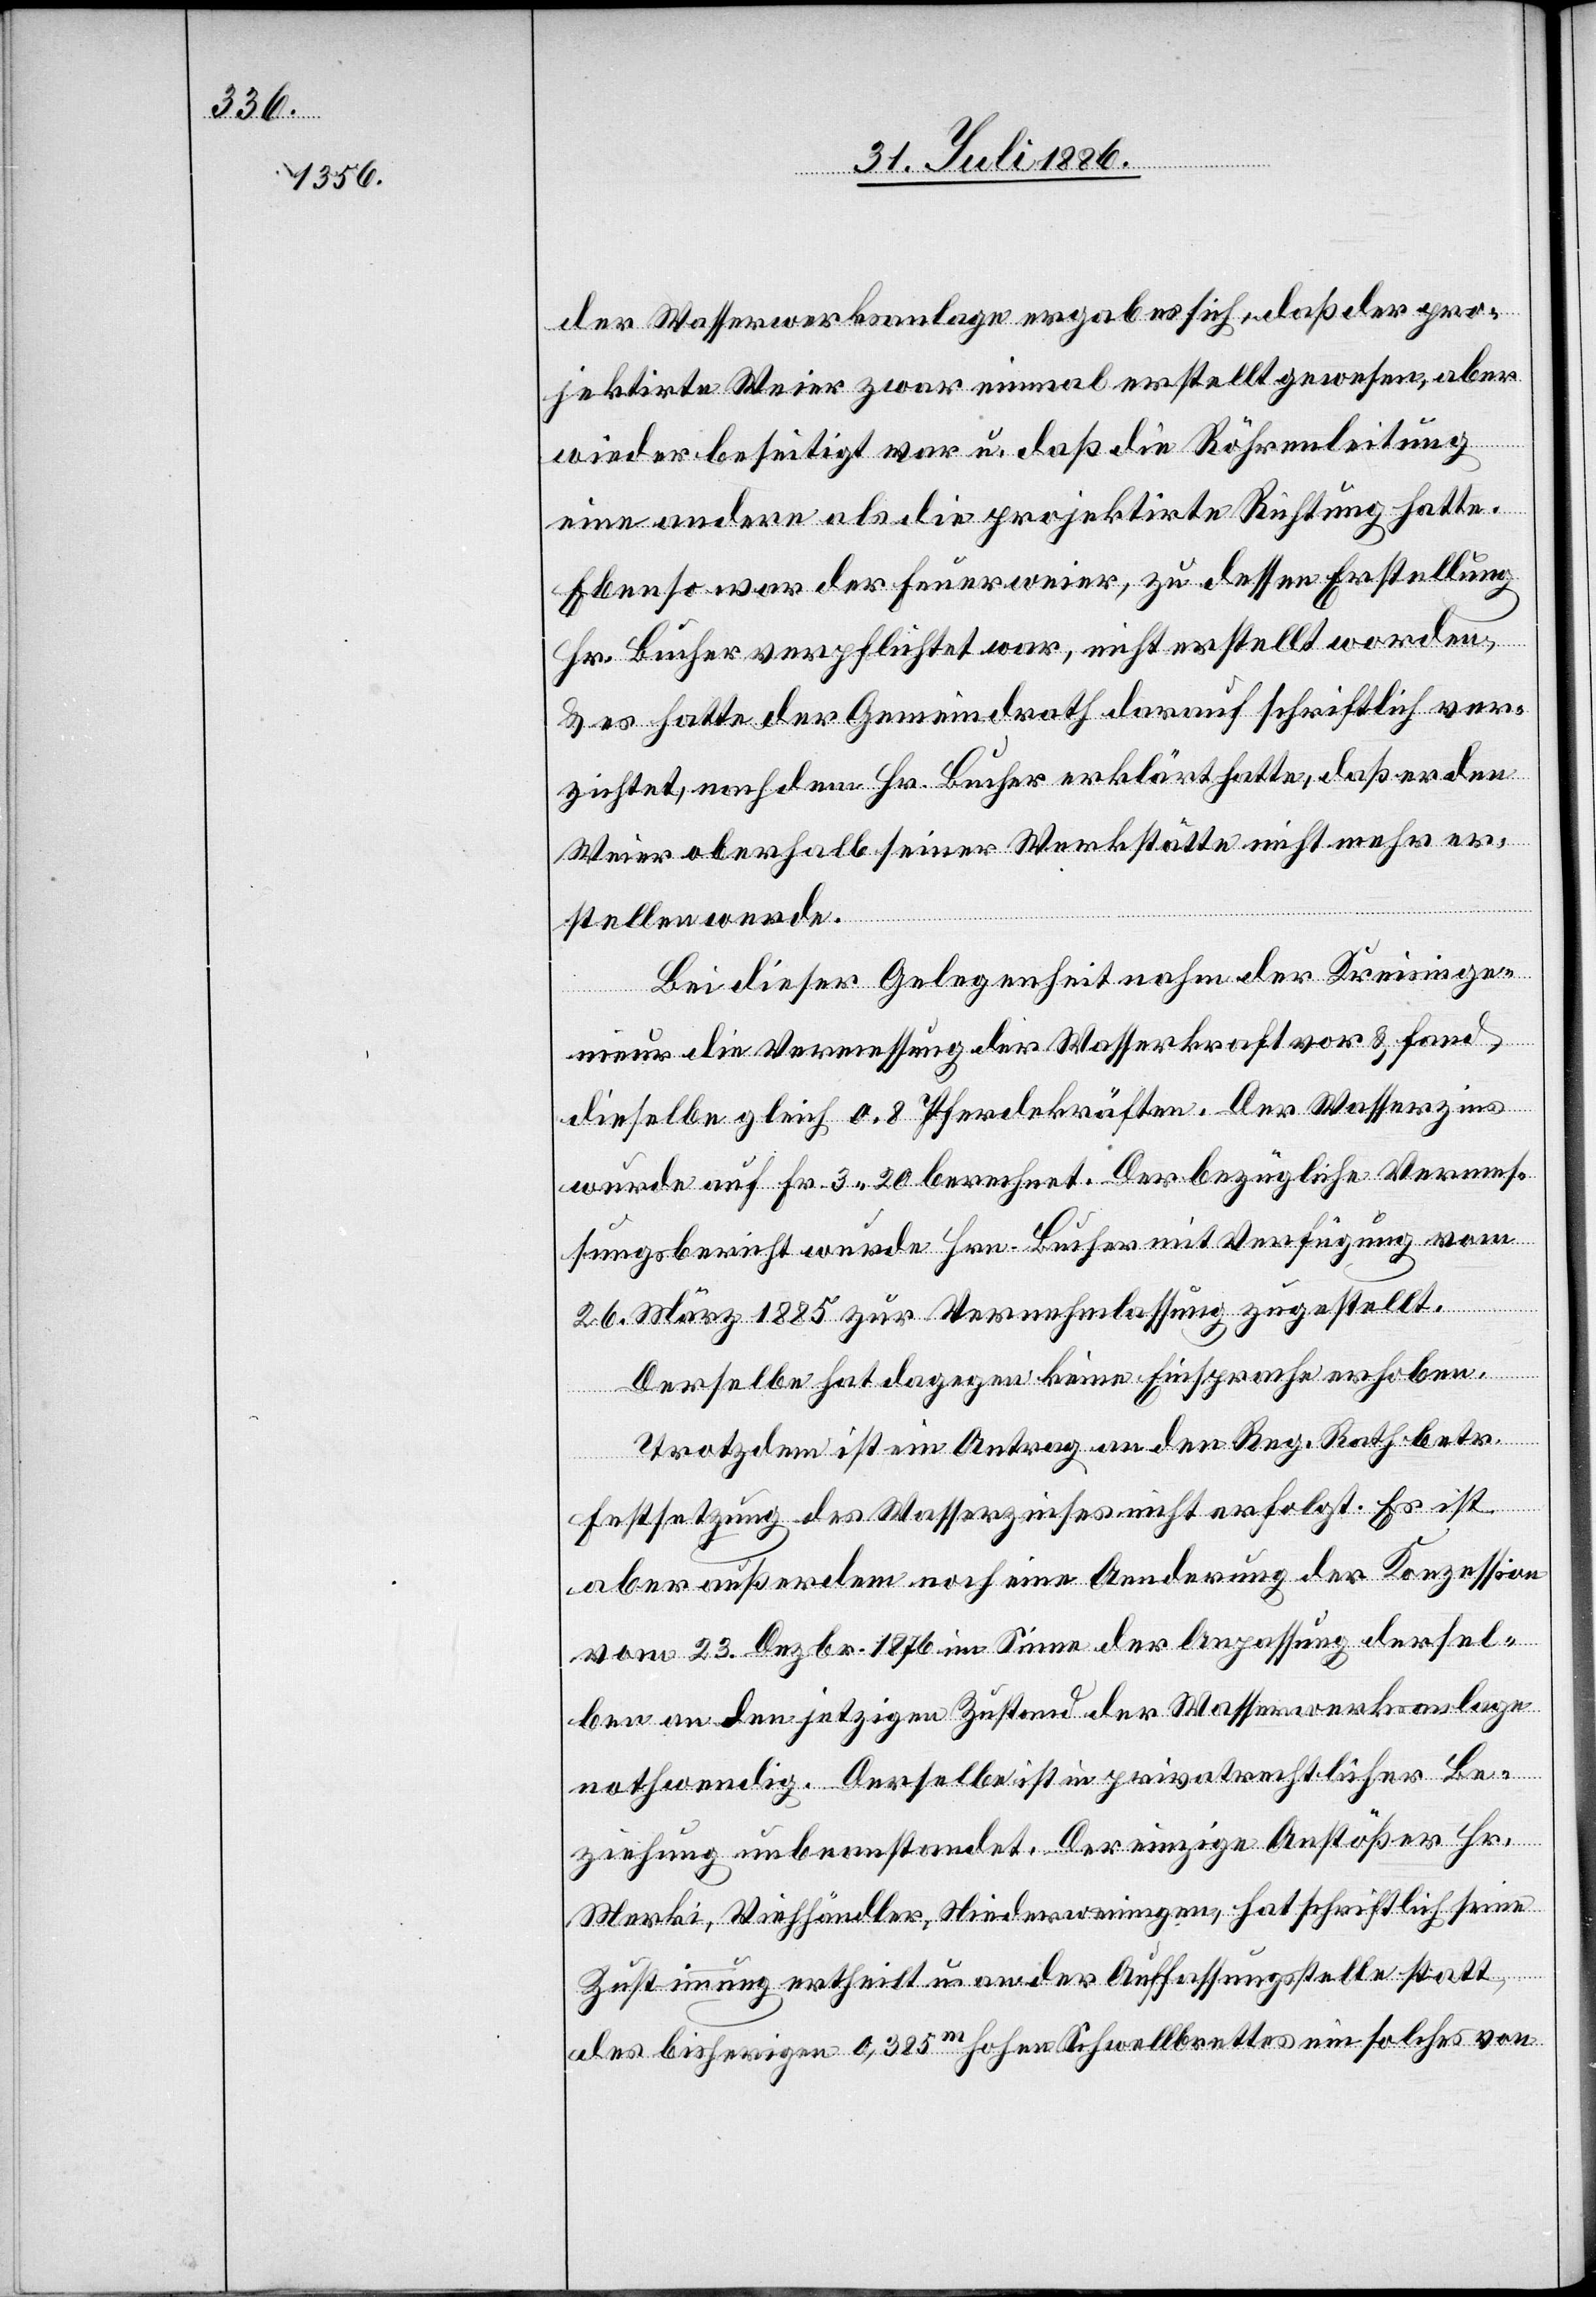
der Wasserwerksanlage ergab es sich, daß der pro¬
jektirte Weier zwar einmal erstellt gewesen, aber
wieder beseitigt war u. daß die Röhrenleitung
eine andere als die projektirte Richtung hatte.
Ebenso war der Feuerweier, zu dessen Erstellung
Hr. Bucher verpflichtet war, nicht erstellt worden,
& es hatte der Gemeindrath darauf schriftlich ver¬
zichtet, nachdem Hr. Bucher erklärt hatte, daß er den
Weier oberhalb seiner Werkstätte nicht mehr er¬
stellen werde.
Bei dieser Gelegenheit nahm der Kreisinge¬
nieur die Vermessung der Wasserkraft vor & fand
dieselbe gleich 0.8 Pferdekräften. Der Wasserzins
wurde auf Fr. 3 20 berechnet. Der bezügliche Vermes¬
sungsbericht wurde Hrn. Bucher mit Verfügung vom
26. März 1885 zur Vernehmlassung zugestellt.
Derselbe hat dagegen keine Einsprache erhoben.
Trotzdem ist ein Antrag an den Reg. Rath betr.
Festsetzung des Wasserzinses nicht erfolgt. Es ist
aber außerdem noch eine Aenderung der Konzession
vom 23. Dezbr. 1876 im Sinne der Anpassung dersel¬
ben an den jetzigen Zustand der Wasserwerksanlage
nothwendig. Derselbe ist in privatrechtlicher Be¬
ziehung unbeanstandet. Der einzige Anstößer Hr.
Merki, Viehhändler, Niederweningen, hat schriftlich seine
Zustimmung ertheilt u. an der Auffassungsstelle statt
des bisherigen 0,385m hohen Schwellbrettes ein solches von